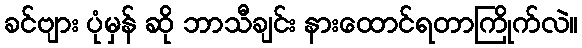
ခင်ဗျား ပုံမှန် ဆို ဘာသီချင်း နားထောင်ရတာကြိုက်လဲ။